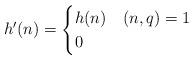
LaTeX: \begin{align*}h'(n) =\begin{cases}h(n) & (n, q) = 1 \\0 & \end{cases}\end{align*}